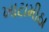
ખાટામીઠા